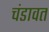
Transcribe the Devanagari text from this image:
चंडावत